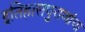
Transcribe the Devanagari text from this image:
इतिहासपुराणांचा